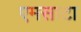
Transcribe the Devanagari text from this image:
एमसाटा